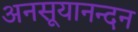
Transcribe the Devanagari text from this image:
अनसूयानन्‍दन